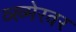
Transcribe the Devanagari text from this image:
व्ख्मेरवर